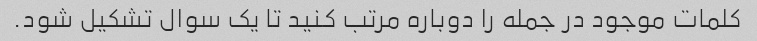
کلمات موجود در جمله را دوباره مرتب کنید تا یک سوال تشکیل شود.